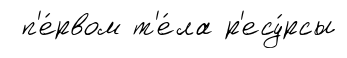
п'е́рвом т'е́ла р'есу́рсы